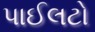
પાઈલટો